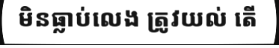
មិនធ្លាប់លេង ត្រូវយល់ តើ